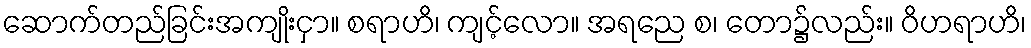
ဆောက်တည်ခြင်းအကျိုးငှာ။ စရာဟိ၊ ကျင့်လော။ အရညေ စ၊ တော၌လည်း။ ဝိဟရာဟိ၊